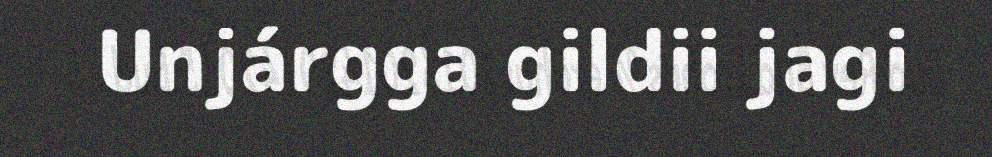
Unjárgga gildii jagi